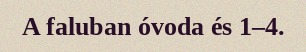
A faluban óvoda és 1–4.